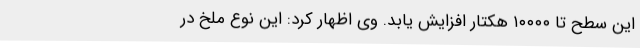
این سطح تا ۱۰۰۰۰ هکتار افزایش یابد. وی اظهار کرد: این نوع ملخ در